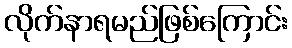
လိုက်နာရမည်ဖြစ်ကြောင်း